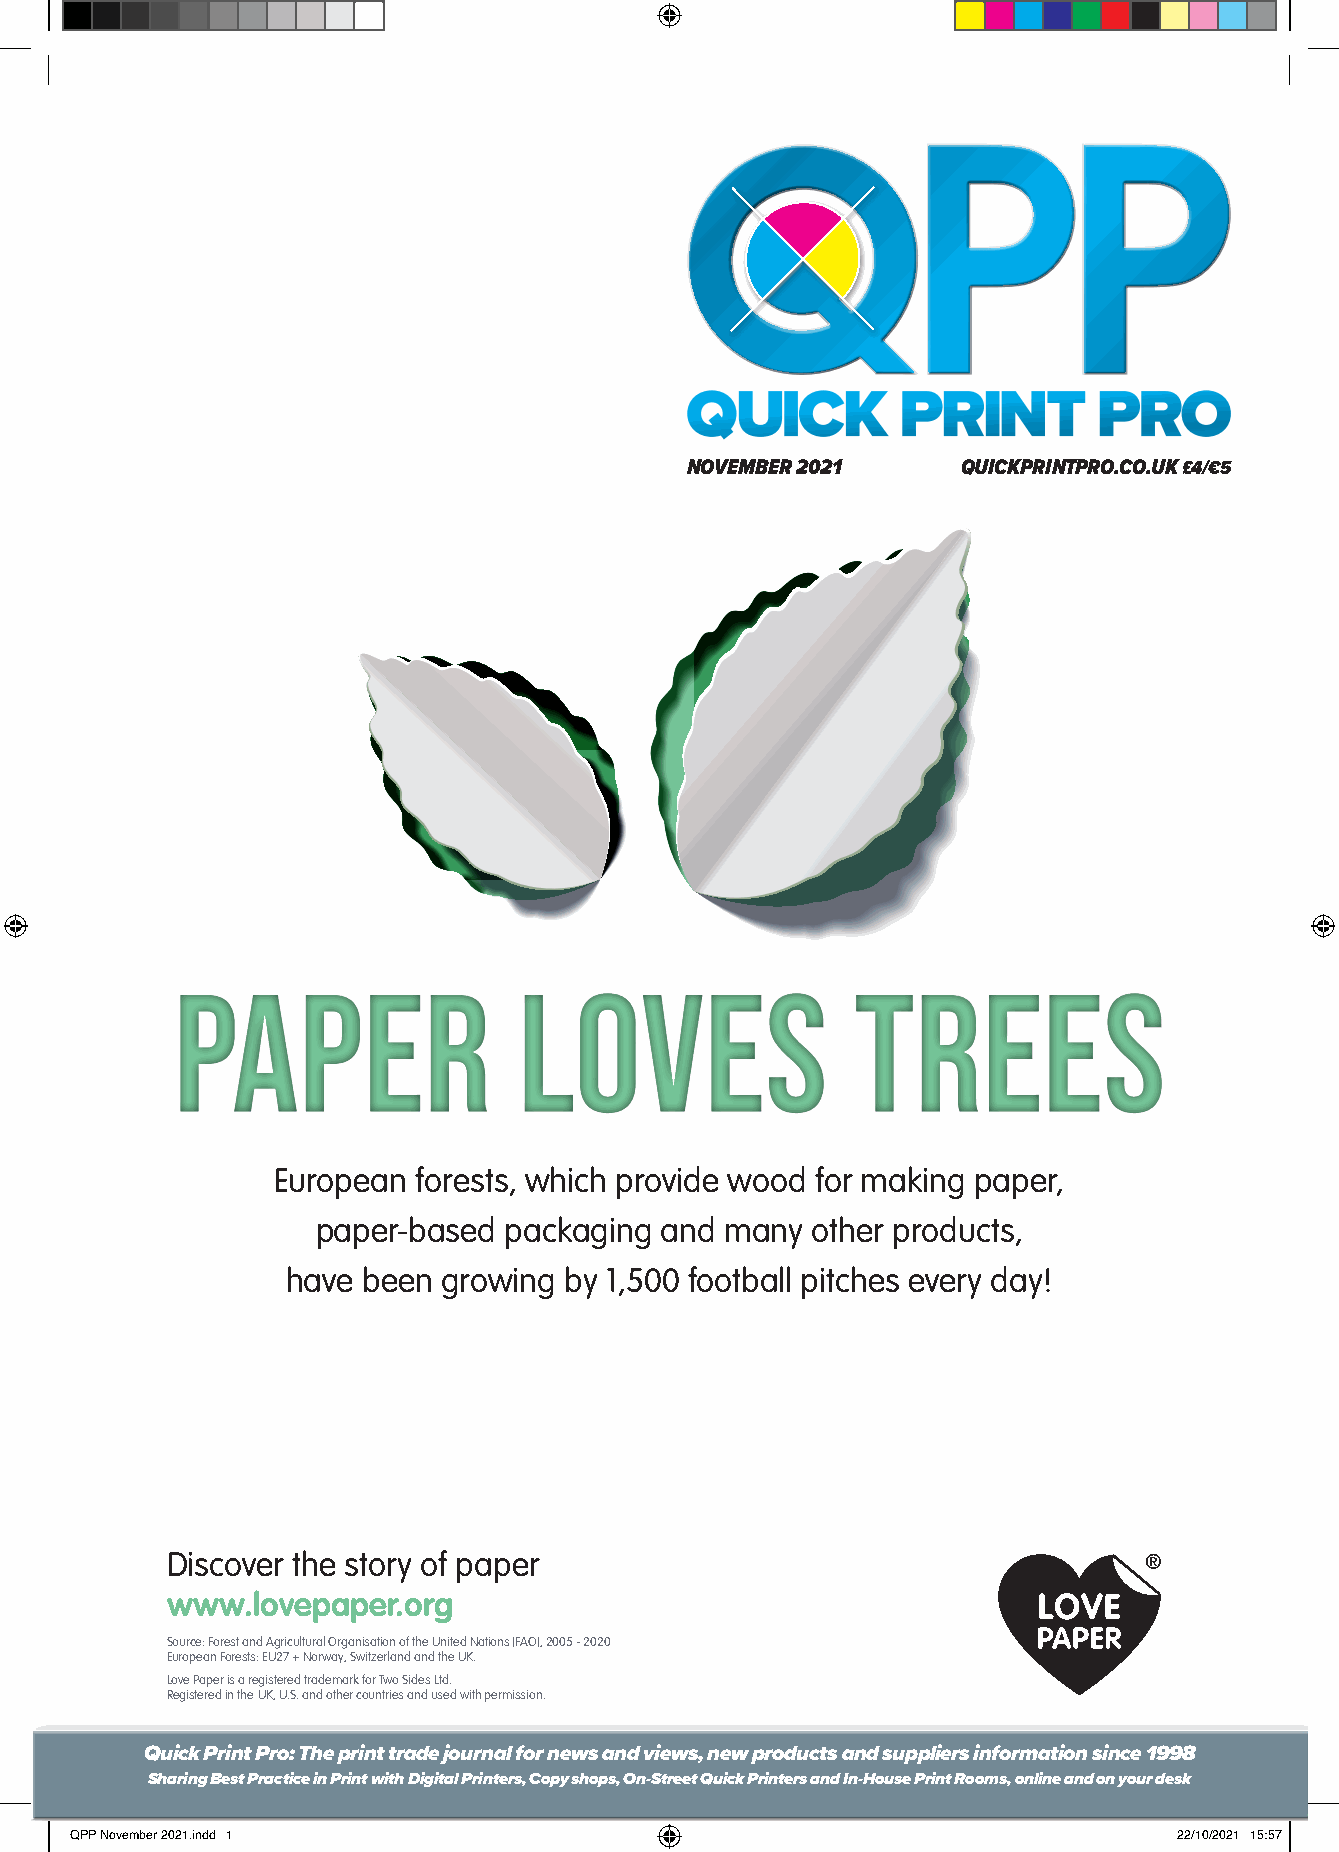
NOVEMBER 2021      QUICKPRINTPRO.CO.UK £4/€5
 PAPER                  LOVES                  TREES
 European  forests, which provide wood for making paper,
 paper-based packaging  and many  other products,
 have been growing by 1,500 football pitches every day!
 Discover the story of paper                                      ®
 www.lovepaper.org
 Source: Forest and Agricultural Organisation of the United Nations (FAO), 2005 - 2020
 European Forests: EU27 + Norway, Switzerland and the UK.
 Love Paper is a registered trademark for Two Sides Ltd.
 Registered in the UK, U.S. and other countries and used with permission.
 Quick Print Pro: The print trade journal for news and views, new products and suppliers information since 1998
 Sharing Best Practice in Print with Digital Printers, Copy shops, On-Street Quick Printers and In-House Print Rooms, online and on your desk
 QQPPPP NNoovveemmbbeerr 22002211..iinndddd 11                            2222//1100//22002211 1155::5577